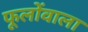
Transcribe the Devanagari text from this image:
फूलोंवाला